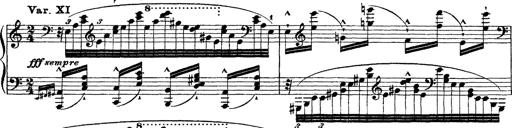
Title: Ã‰tudes d'exÃ©cution transcendante d'aprÃ¨s Paganini
Composer: Franz Liszt